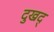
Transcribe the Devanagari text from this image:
दुखद्